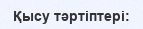
Қысу тәртіптері: